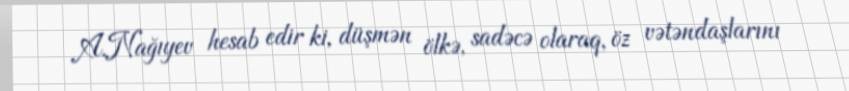
A.Nağıyev hesab edir ki, düşmən ölkə, sadəcə olaraq, öz vətəndaşlarını